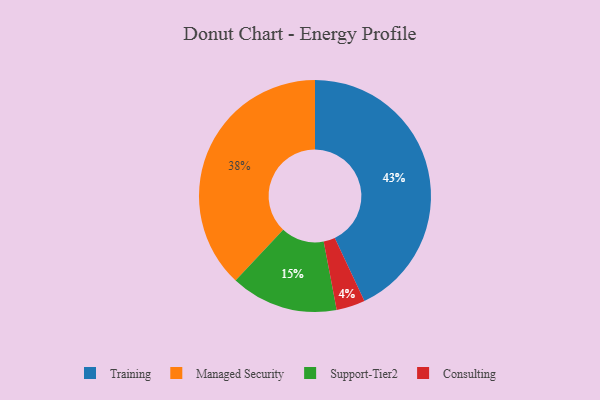
{"axis": {"x": "Category", "y": "Percentage"}, "legend": ["Consulting", "Managed Security", "Support-Tier2", "Training"], "data": [{"x": "Consulting", "y": 4, "type": "Consulting"}, {"x": "Training", "y": 43, "type": "Training"}, {"x": "Managed Security", "y": 38, "type": "Managed Security"}, {"x": "Support-Tier2", "y": 15, "type": "Support-Tier2"}]}